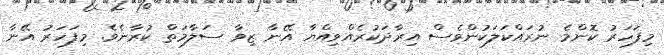
މިފަހަރު ކޮންމެ ނުރައްކަލަކުންވެސް އިރާދަކުރެއްވިއްޔާ އޭނާ ޒިވާ ސަލާމަތް ކުރާނެވެ. މިފަހަރު އޭނާ